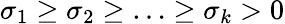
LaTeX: \sigma_{1}\geq\sigma_{2}\geq\ldots\geq\sigma_{k}>0